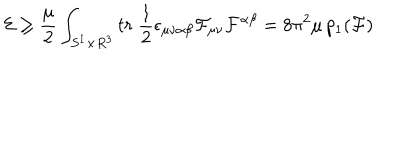
LaTeX: { \cal E } \ge \frac { \mu } { 2 } \int _ { S ^ { 1 } \times R ^ { 3 } } t r \; \frac { 1 } { 2 } \epsilon _ { \mu \nu \alpha \beta } { \cal F } _ { \mu \nu } { \cal F } ^ { \alpha \beta } = 8 \pi ^ { 2 } \mu \, p _ { 1 } ( { \cal F } )